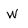
Character: w